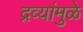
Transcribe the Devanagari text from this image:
द्रव्यांमुळे